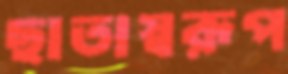
ছাতাস্বরূপ